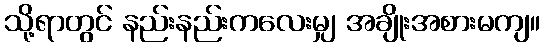
သို့ရာတွင် နည်းနည်းကလေးမျှ အချိုးအစားမကျ။